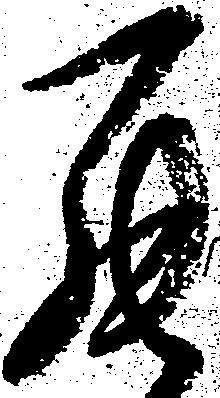
罷